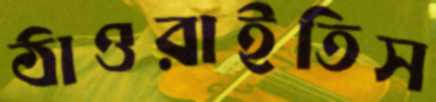
ঠাওরাইতিস